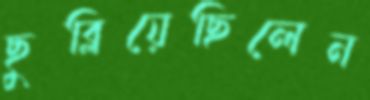
ছুব্‌লিয়েছিলেন